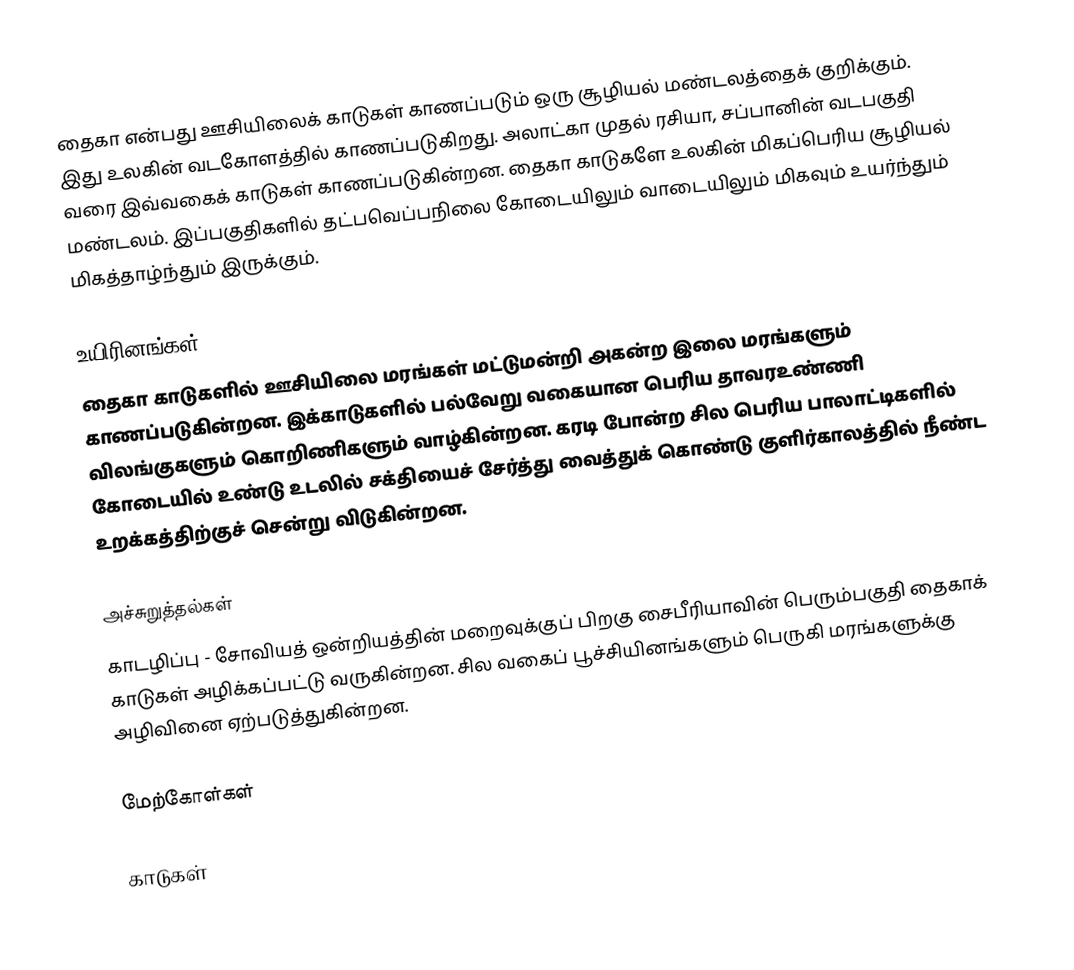
தைகா என்பது ஊசியிலைக் காடுகள் காணப்படும் ஒரு சூழியல் மண்டலத்தைக் குறிக்கும். இது உலகின் வடகோளத்தில் காணப்படுகிறது. அலாட்கா முதல் ரசியா, சப்பானின் வடபகுதி வரை இவ்வகைக் காடுகள் காணப்படுகின்றன. தைகா காடுகளே உலகின் மிகப்பெரிய சூழியல் மண்டலம். இப்பகுதிகளில் தட்பவெப்பநிலை கோடையிலும் வாடையிலும் மிகவும் உயர்ந்தும் மிகத்தாழ்ந்தும் இருக்கும்.

உயிரினங்கள்
தைகா காடுகளில் ஊசியிலை மரங்கள் மட்டுமன்றி அகன்ற இலை மரங்களும் காணப்படுகின்றன. இக்காடுகளில் பல்வேறு வகையான பெரிய தாவரஉண்ணி விலங்குகளும் கொறிணிகளும் வாழ்கின்றன. கரடி போன்ற சில பெரிய பாலாட்டிகளில் கோடையில் உண்டு உடலில் சக்தியைச் சேர்த்து வைத்துக் கொண்டு குளிர்காலத்தில் நீண்ட உறக்கத்திற்குச் சென்று விடுகின்றன.

அச்சுறுத்தல்கள்
காடழிப்பு - சோவியத் ஒன்றியத்தின் மறைவுக்குப் பிறகு சைபீரியாவின் பெரும்பகுதி தைகாக் காடுகள் அழிக்கப்பட்டு வருகின்றன. சில வகைப் பூச்சியினங்களும் பெருகி மரங்களுக்கு அழிவினை ஏற்படுத்துகின்றன.

மேற்கோள்கள்

காடுகள்